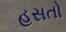
હસતો